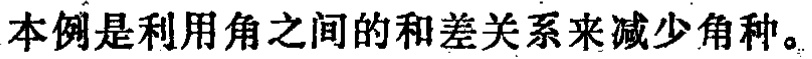
本例是利用角之间的和差关系来减少角种。